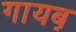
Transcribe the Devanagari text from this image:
गायब़